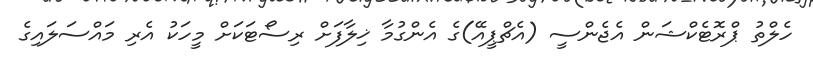
ހެލްތު ޕްރޮޓެކްޝަން އެޖެންސީ (އެޗްޕީއޭ)ގެ އެންގުމާ ޚިލާފަށް ރިސޯޓަކަށް މީހަކު އެރި މައްސަލައިގެ